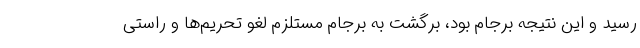
رسید و این نتیجه برجام بود، برگشت به برجام مستلزم لغو تحریم‌ها و راستی